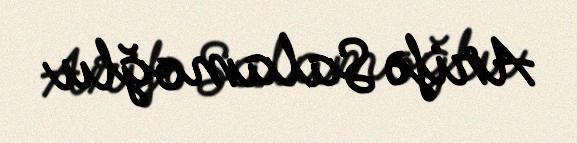
Arifə Salamoğlu